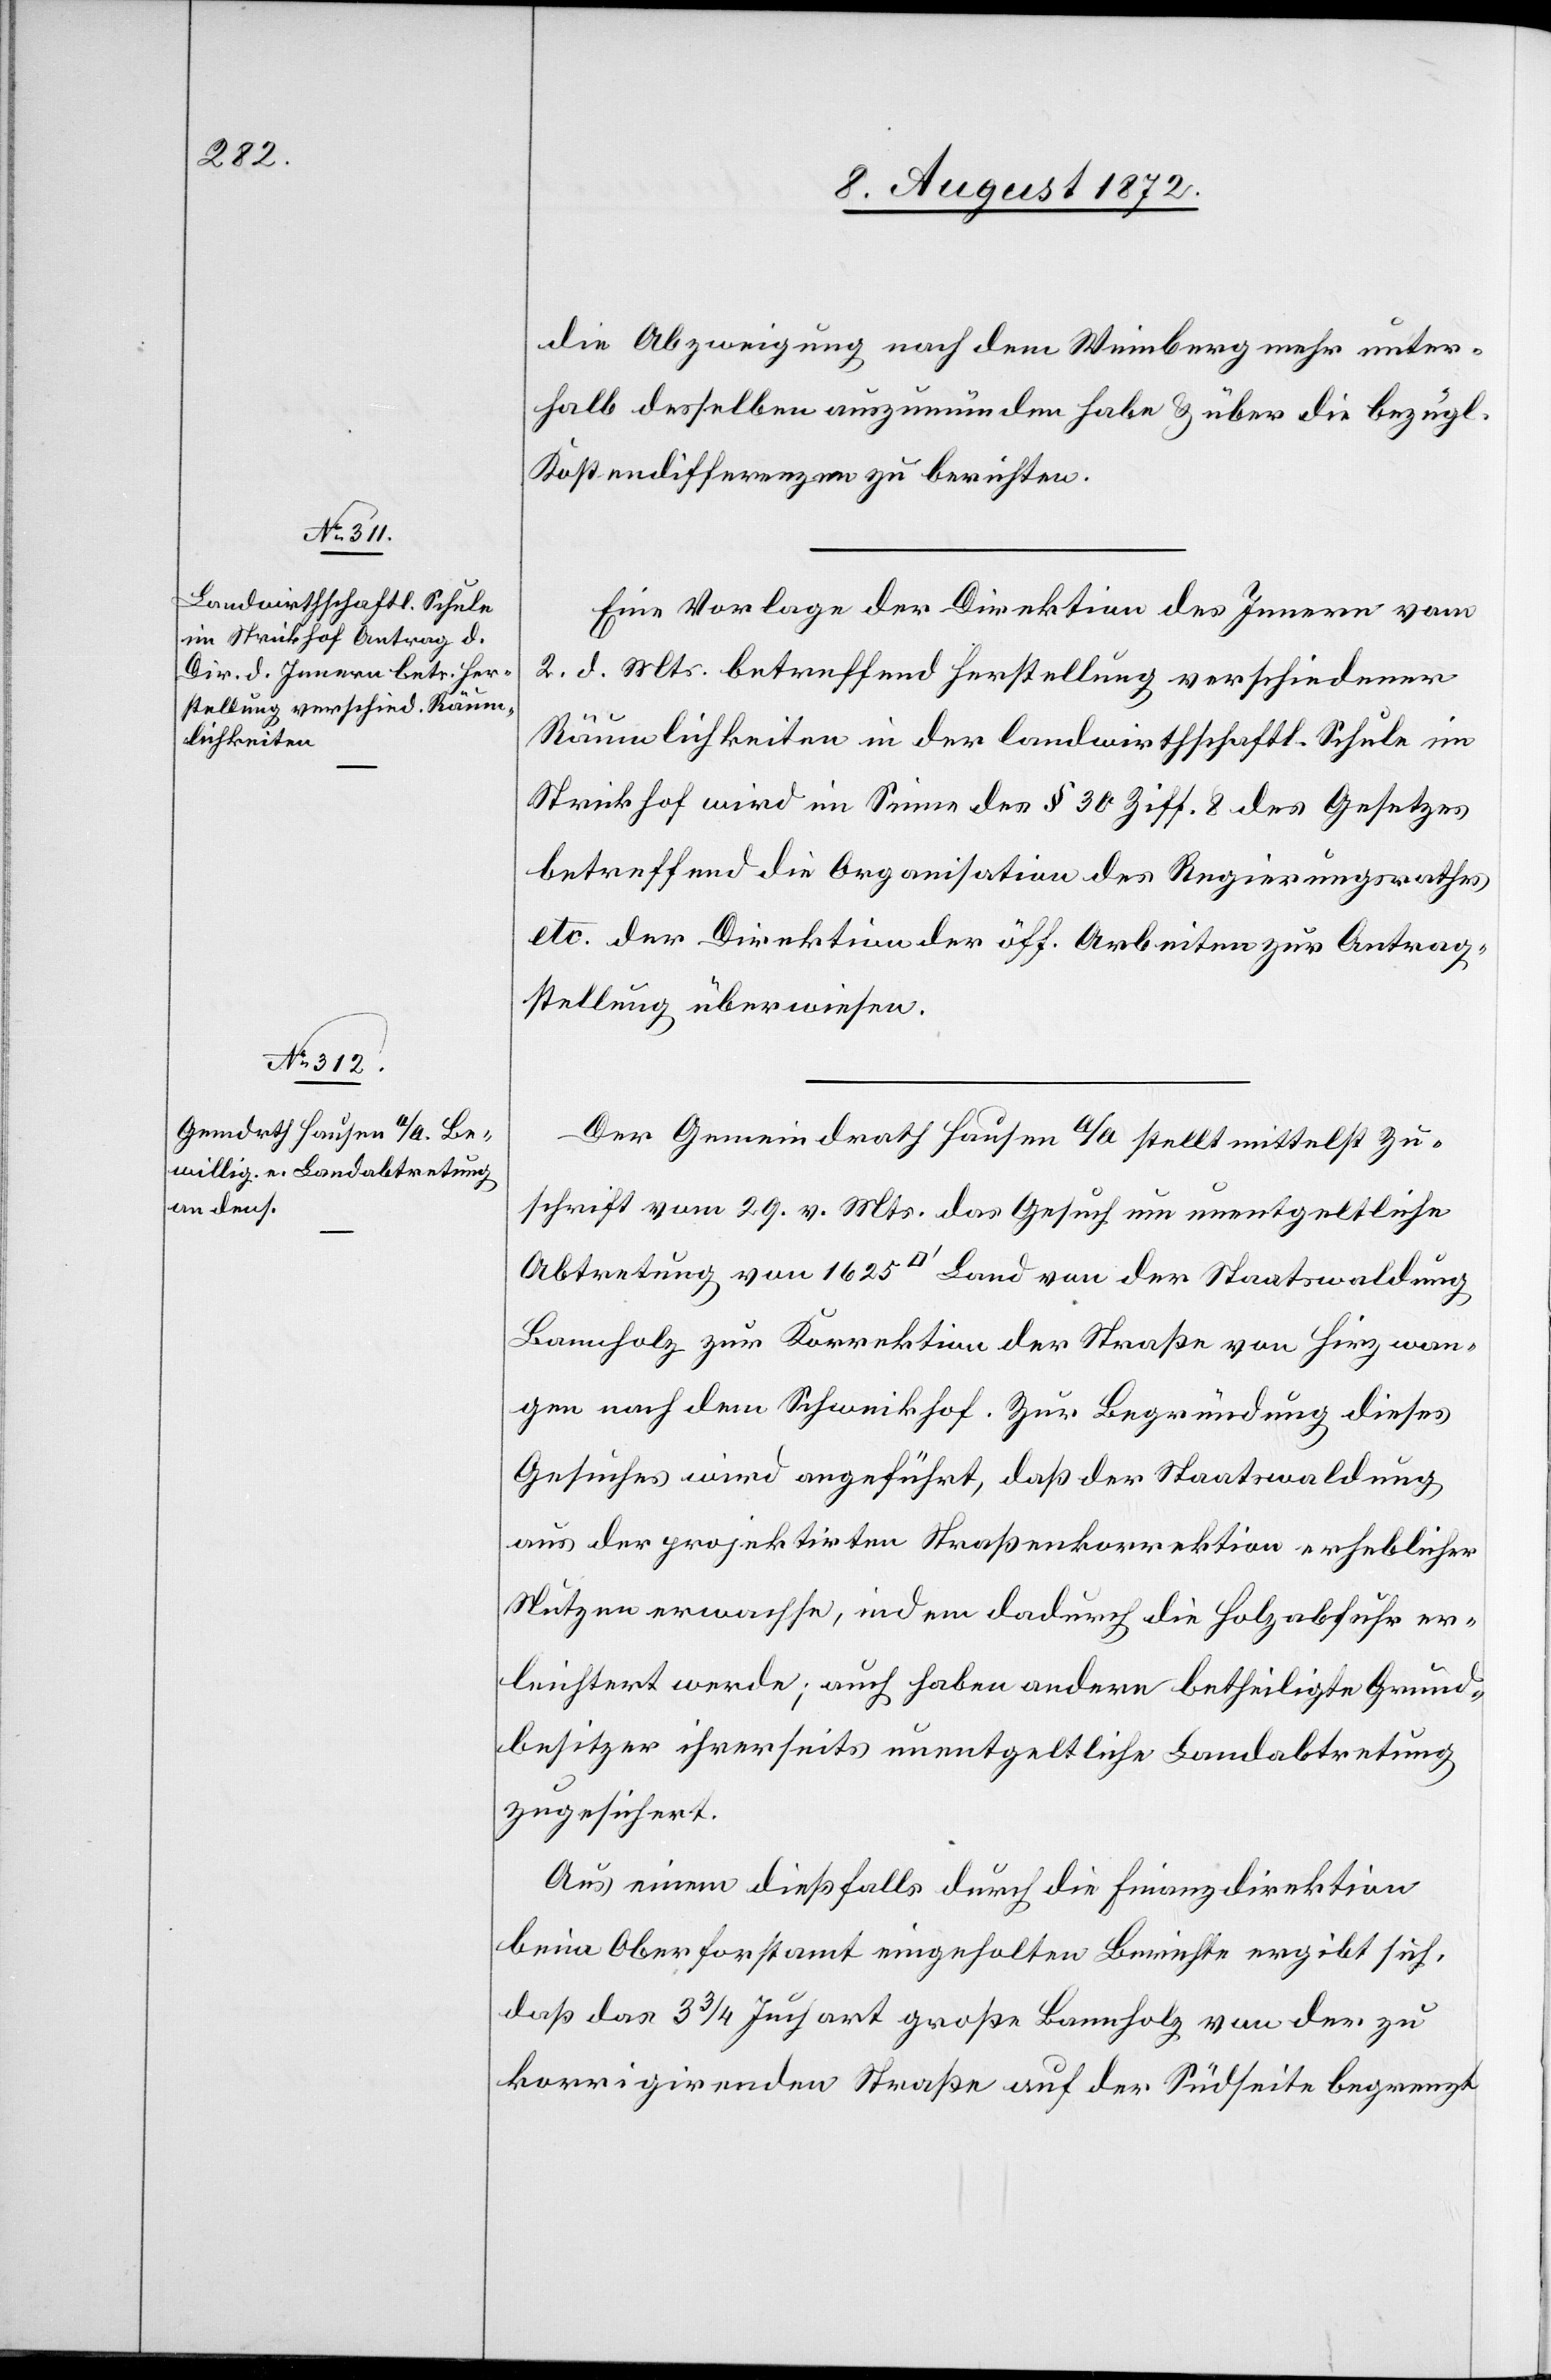
[sic!] Abzweigung nach dem Weinberg mehr unter¬
halb desselben auszumünden habe u. über die bezügl.
Kostendifferenzen zu berichten.
Eine Vorlage der Direktion des Innern vom
2. d. Mts. betreffend Herstellung verschiedener
Räumlichkeiten in der landwirthschaftl. Schule im
Strickhof wird im Sinne des § 30 Ziff. 8 des Gesetzes
betreffend die Organisation des Regierungsrathes
etc. der Direktion der öff. Arbeiten zur Antrag¬
stellung überwiesen.
Der Gemeindrath Hausen a/A stellt mittelst Zu¬
schrift vom 29. v. Mts. das Gesuch um unentgeltliche
Abtretung von 1625 [Quadratfuss] Land von der Staatswaldung
Bannholz zur Korrektion der Straße von Hirzwan¬
gen nach dem Schweikhof. Zur Begründung dieses
Gesuches wird angeführt, daß der Staatswaldung
aus der projektirten Straßenkorrektion erheblicher
Nutzen erwachse, indem dadurch die Holzabfuhr er¬
leichtert werde; auch haben andere betheiligte Grund¬
besitzer ihrerseits unentgeltliche Landabtretung
zugesichert.
Aus einem dießfalls durch die Finanzdirektion
beim Oberforstamt eingeholten Berichte ergibt sich,
daß das 3 3/4 Juchart große Bannholz von der zu
korrigirenden Straße auf der Südseite begrenzt